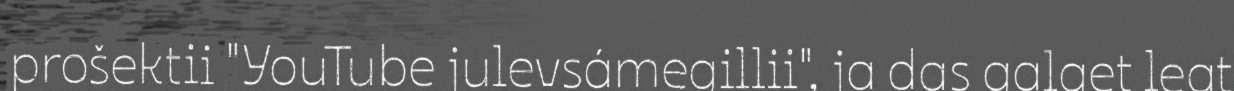
prošektii "YouTube julevsámegillii", ja das galget leat